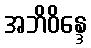
အဘိဝိန္ဒေ